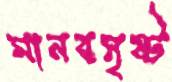
মানবসৃষ্ট